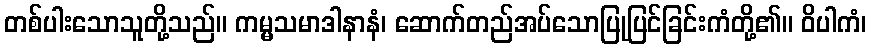
တစ်ပါးသောသူတို့သည်။ ကမ္မသမာဒါနာနံ၊ ဆောက်တည်အပ်သောပြုပြင်ခြင်းကံတို့၏။ ဝိပါကံ၊